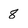
Character: 8